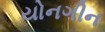
યોનગીન